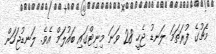
މެޗުގެ ފުރަތަމަ ލަނޑު ޖެހީ 28 ވަނަ މިނިޓްގައި ބައުލަމް އެވެ. ލަނޑުޖަހަން